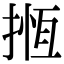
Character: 揯